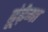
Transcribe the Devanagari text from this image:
ढूंढ़ेगा